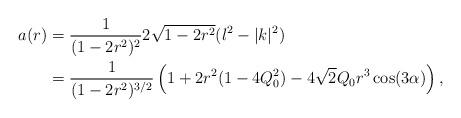
LaTeX: \begin{align*}a(r) &= \frac{1}{(1-2r^2)^2} 2\sqrt{1-2r^2}(l^2-|k|^2)\\&= \frac{1}{(1-2r^2)^{3/2}}\left( 1+2r^2(1-4Q_0^2)-4\sqrt{2}Q_0r^3\cos(3\alpha)\right),\end{align*}